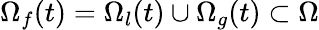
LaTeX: \Omega_{f}(t)=\Omega_{l}(t)\cup\Omega_{g}(t)\subset\Omega